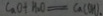
C a O + A _ { 2 } O = C a ( C H )